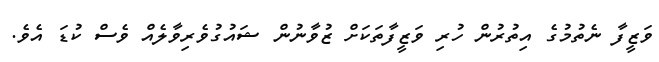
ވަޒީފާ ނެތުމުގެ އިތުރުން ހުރި ވަޒީފާތަކަށް ޒުވާނުން ޝައުގުވެރިވާލެއް ވެސް ކުޑަ އެވެ.